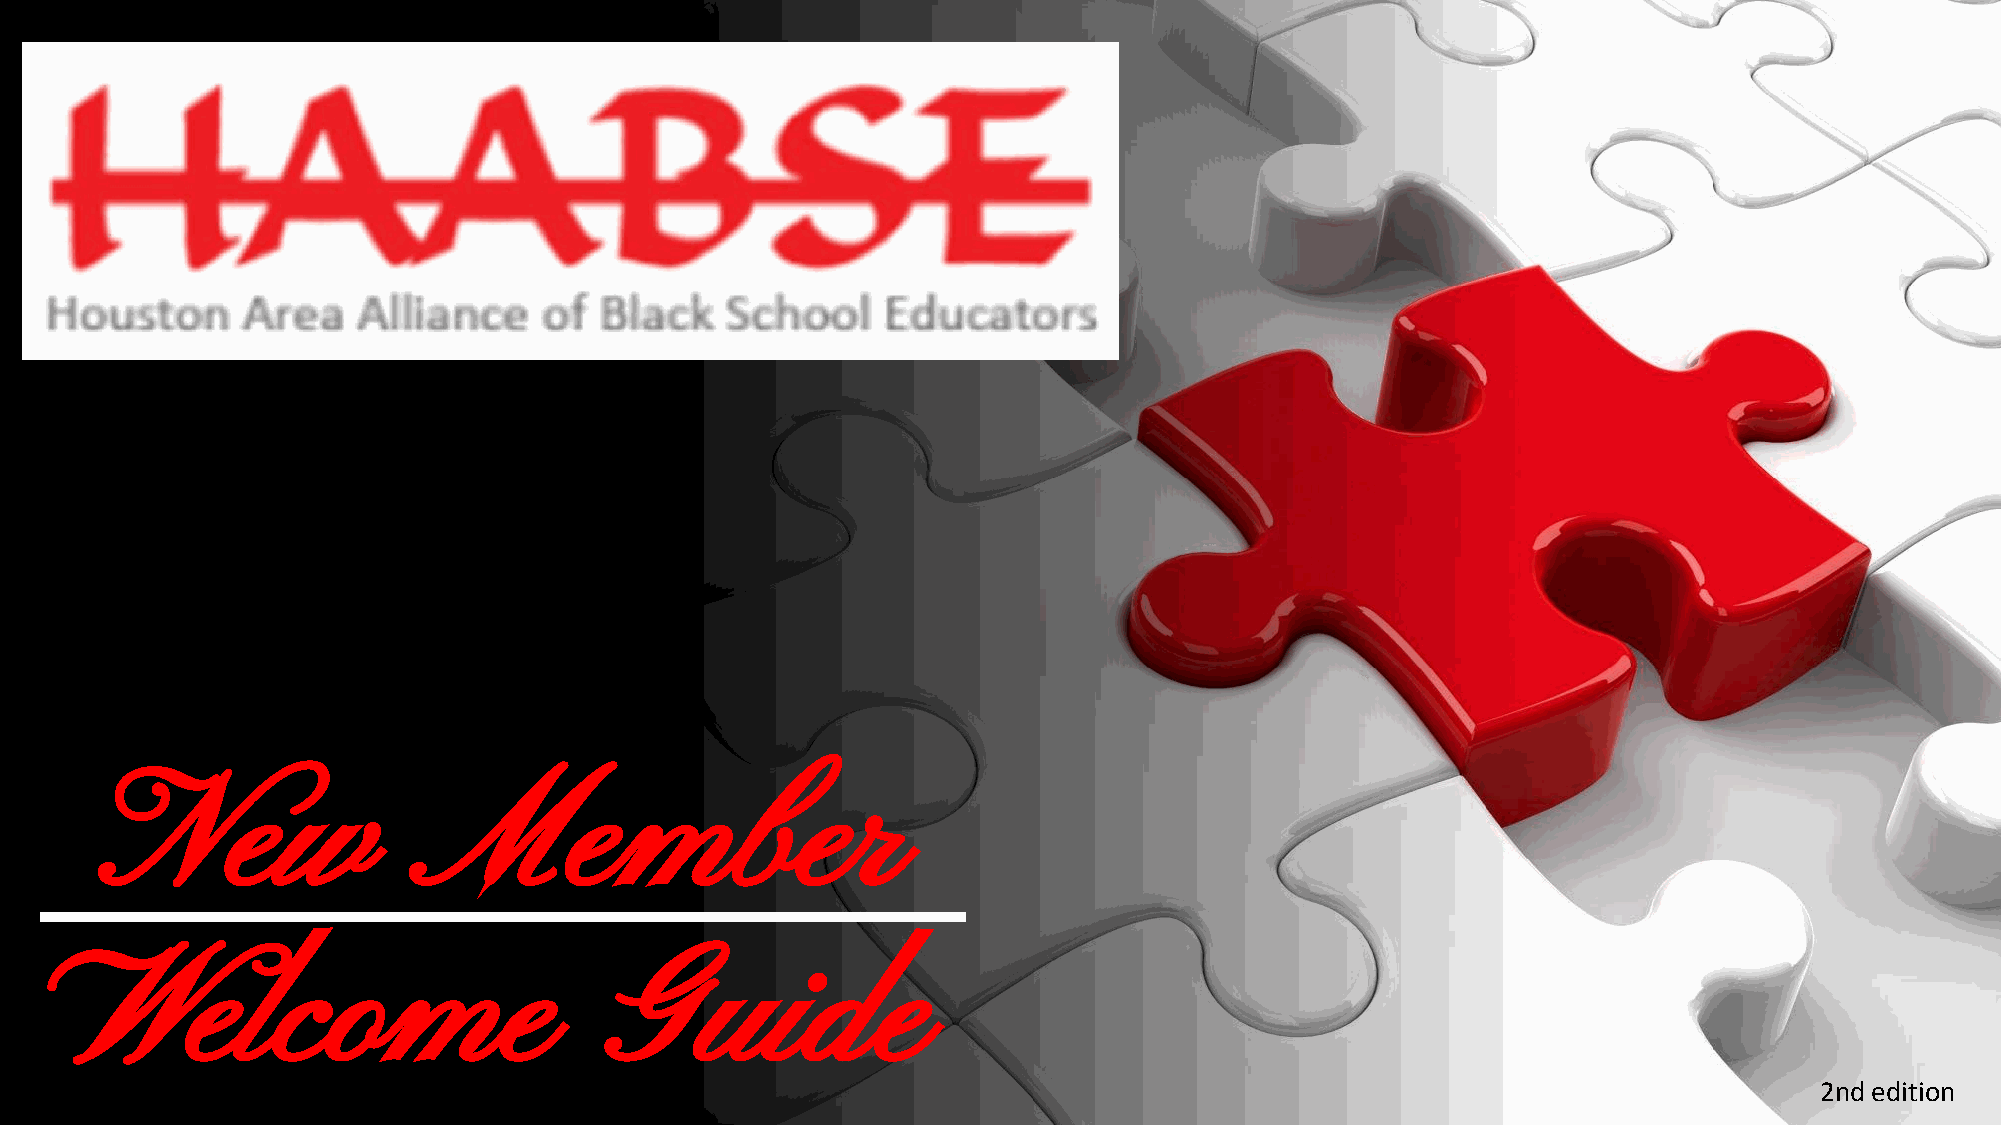
New                  Member
 Welcome                            Guide
 2nd edition